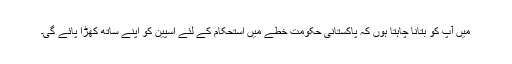
میں آپ کو بتانا چاہتا ہوں کہ پاکستانی حکومت خطے میں استحکام کے لئے اسپین کو اپنے ساتھ کھڑا پائے گی۔